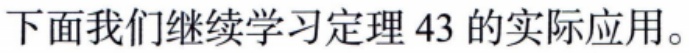
下面我们继续学习定理 43 的实际应用。